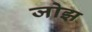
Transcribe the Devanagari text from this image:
जोझ